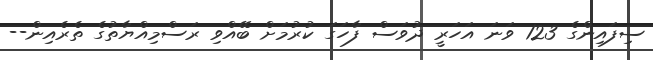
ސިފައިންގެ 123 ވަނަ އަހަރީ ދުވަސް ފާހަގަ ކުރުމަށް ބޭއްވި ރަސްމިއްޔާތުގެ ތެރެެއިން--